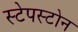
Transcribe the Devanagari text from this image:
स्टेपस्टोन